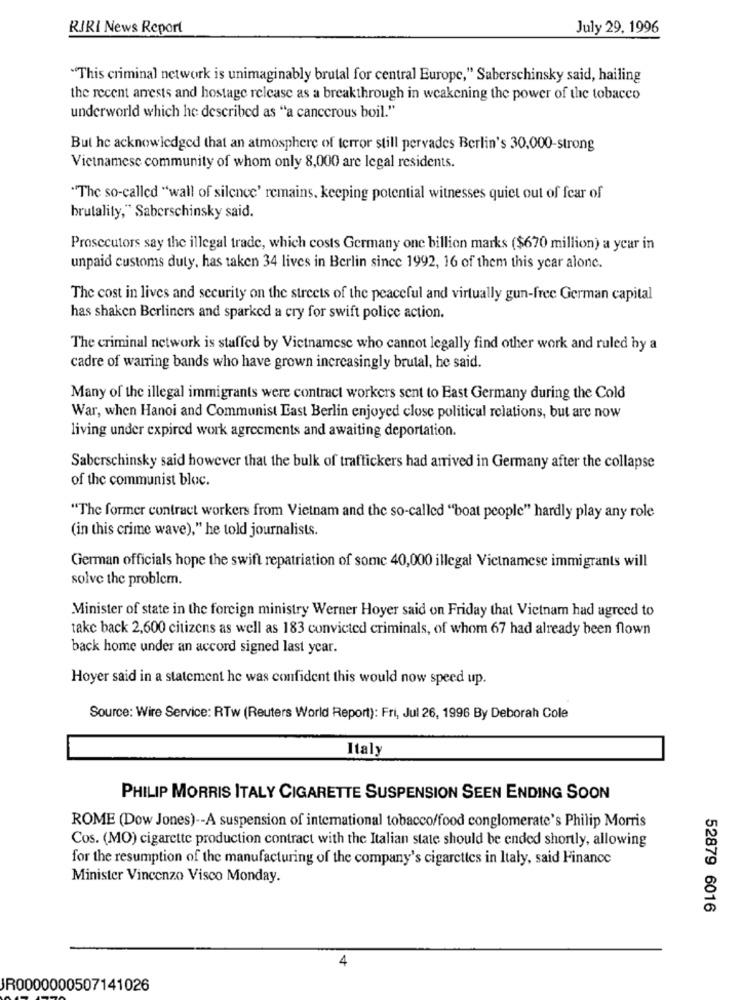
RJRI News Report
July 29, 1996
"This criminal network is unimaginably brutal for central Europe," Saberschinsky said, hailing
the recent arrests and hostage release as a breakthrough in weakening the power of the tobacco
underworld which he described as "a cancerous boil."
But he acknowledged that an atmosphere of terror still pervades Berlin's 30,000-strong
Vietnamese community of whom only 8,000 are legal residents.
"The so-called "wall of silence' remains, keeping potential witnesses quiet out of fear of
brutality," Saberschinsky said.
Prosecutors say the illegal trade, which costs Germany one billion marks ($670 million) a year in
unpaid customs duty, has taken 34 lives in Berlin since 1992, 16 of them this year alone.
The cost in lives and security on the streets of the peaceful and virtually gun-free German capital
has shaken Berliners and sparked a cry for swift police action.
The criminal network is staffed by Vietnamese who cannot legally find other work and ruled by a
cadre of warring bands who have grown increasingly brutal, he said.
Many of the illegal immigrants were contract workers sent to East Germany during the Cold
War, when Hanoi and Communist East Berlin enjoyed close political relations, but are now
living under expired work agreements and awaiting deportation.
Saberschinsky said however that the bulk of traffickers had arrived in Germany after the collapse
of the communist bloc.
"The former contract workers from Vietnam and the so-called "boat people" hardly play any role
(in this crime wave)," he told journalists.
German officials hope the swift repatriation of some 40,000 illegal Vietnamese immigrants will
solve the problem.
Minister of state in the foreign ministry Werner Hoyer said on Friday that Vietnam had agreed to
take back 2,600 citizens as well as 183 convicted criminals, of whom 67 had already been flown
back home under an accord signed last year.
Hoyer said in a statement he was confident this would now speed up.
Source: Wire Service: RTw (Reuters World Report): Fri, Jul 26, 1996 By Deborah Cole
Italy
PHILIP MORRIS ITALY CIGARETTE SUSPENSION SEEN ENDING SOON
ROME (Dow Jones) -- A suspension of international tobacco/food conglomerate's Philip Morris
Cos. (MO) cigarette production contract with the Italian state should be ended shortly, allowing
for the resumption of the manufacturing of the company's cigarettes in Italy, said Finance
Minister Vincenzo Visco Monday.
52879 6016
4
JR0000000507141026